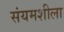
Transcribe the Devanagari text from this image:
संयमशीला